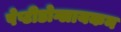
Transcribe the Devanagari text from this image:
पेप्टीडोग्लायकन